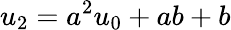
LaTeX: u_{2}=a^{2}u_{0}+ab+b